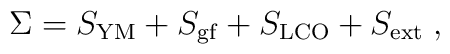
\Sigma =S_{\mathrm{YM}}+S_{\mathrm{gf}}+S_{\mathrm{LCO}}+S_{\mathrm{ext}}\;,